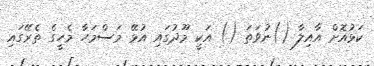
ކަޅުއޮށް އާއިލާ ()ނުވަތަ () އަކީ މޫދުގައި އުޅޭ މަސްމަހާ މެހީގެ ތެރޭގައި